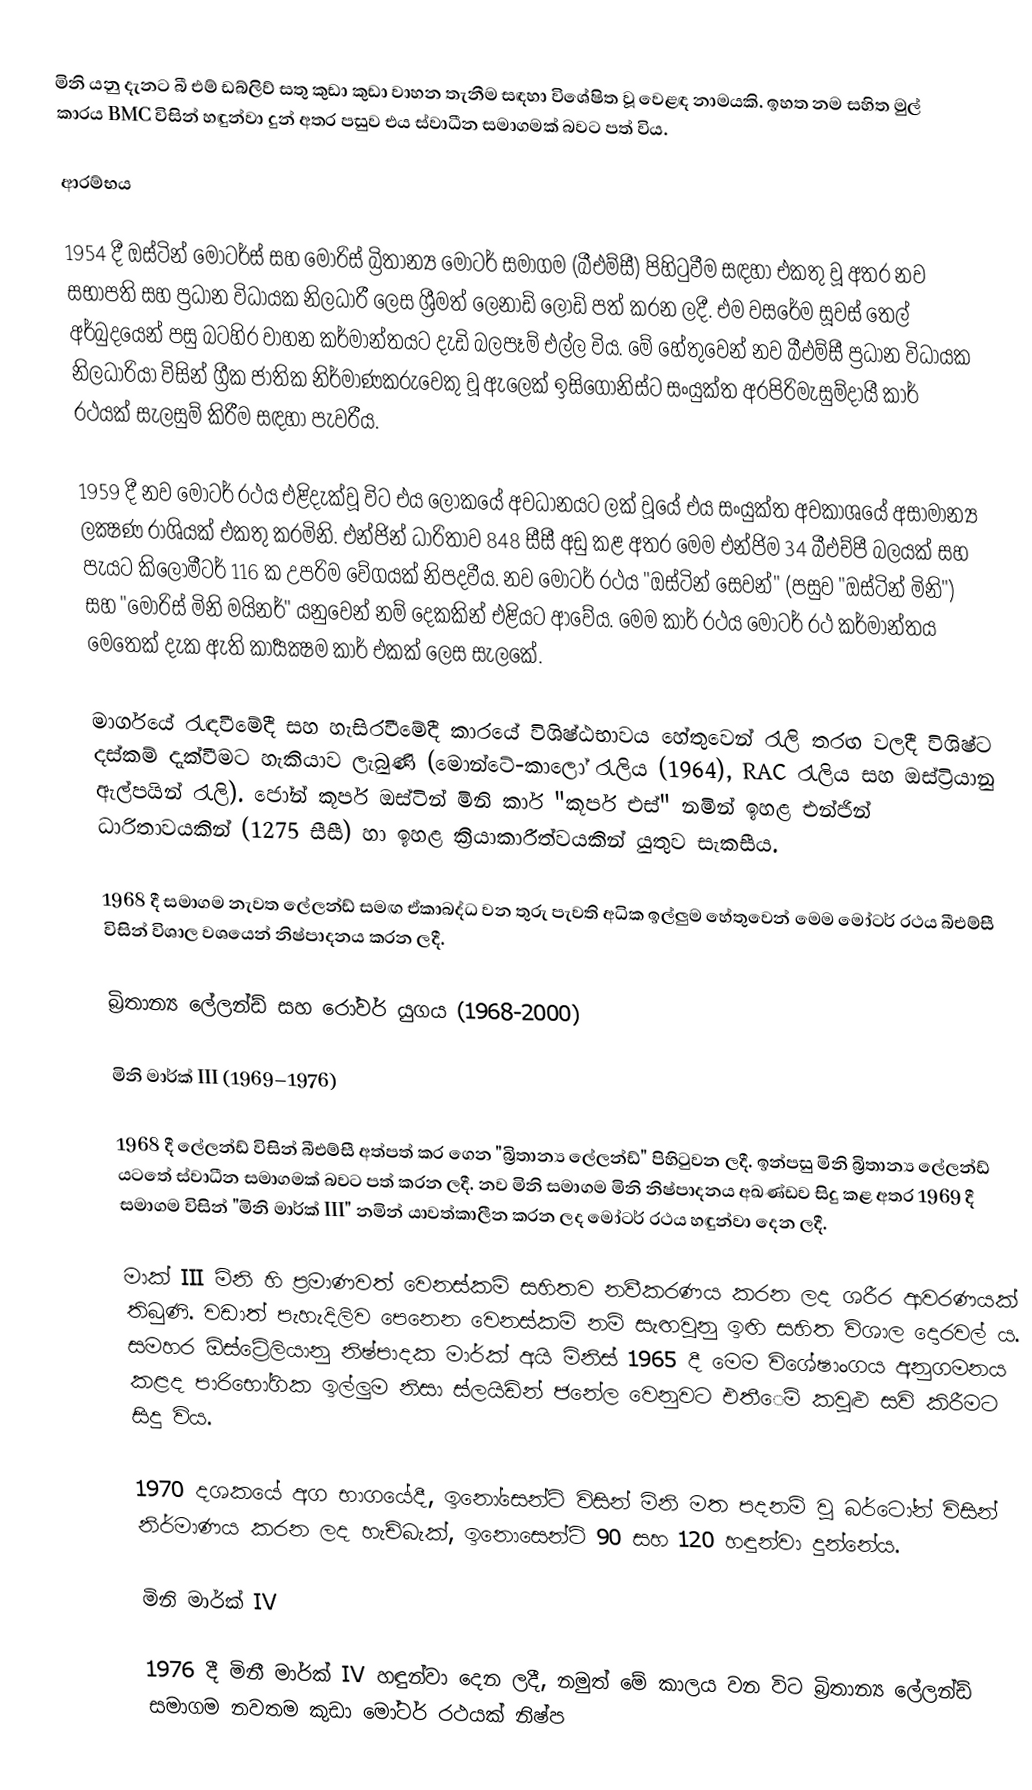
මිනි යනු දැනට බී එම් ඩබ්ලිව් සතු කුඩා කුඩා වාහන තැනීම සඳහා විශේෂිත වූ වෙළඳ නාමයකි. ඉහත නම සහිත මුල් කාරය BMC විසින් හඳුන්වා දුන් අතර පසුව එය ස්වාධීන සමාගමක් බවට පත් විය.

ආරම්භය

1954 දී ඔස්ටින් මෝටර්ස් සහ මොරිස් බ්‍රිතාන්‍ය මෝටර් සමාගම (බීඑම්සී) පිහිටුවීම සඳහා එකතු වූ අතර නව සභාපති සහ ප්‍රධාන විධායක නිලධාරී ලෙස ශ්‍රීමත් ලෙනාඩ් ලෝඩ් පත් කරන ලදී. එම වසරේම සූවස් තෙල් අර්බුදයෙන් පසු බටහිර වාහන කර්මාන්තයට දැඩි බලපෑම් එල්ල විය. මේ හේතුවෙන් නව බීඑම්සී ප්‍රධාන විධායක නිලධාරියා විසින් ග්‍රීක ජාතික නිර්මාණකරුවෙකු වූ ඇලෙක් ඉසිගොනිස්ට සංයුක්ත අරපිරිමැසුම්දායී කාර් රථයක් සැලසුම් කිරීම සඳහා පැවරීය.

1959 දී නව මෝටර් රථය එළිදැක්වූ විට එය ලෝකයේ අවධානයට ලක් වූයේ එය සංයුක්ත අවකාශයේ අසාමාන්‍ය ලක්‍ෂණ රාශියක් එකතු කරමිනි. එන්ජින් ධාරිතාව 848 සීසී අඩු කළ අතර මෙම එන්ජිම 34 බීඑච්පී බලයක් සහ පැයට කිලෝමීටර් 116 ක උපරිම වේගයක් නිපදවීය. නව මෝටර් රථය "ඔස්ටින් සෙවන්" (පසුව "ඔස්ටින් මිනි") සහ "මොරිස් මිනි මයිනර්" යනුවෙන් නම් දෙකකින් එළියට ආවේය. මෙම කාර් රථය මෝටර් රථ කර්මාන්තය මෙතෙක් දැක ඇති කාර්‍යක්‍ෂම කාර් එකක් ලෙස සැලකේ.

මාර්ගයේ රැඳවීමේදී සහ හැසිරවීමේදී කාරයේ විශිෂ්ඨභාවය හේතුවෙන් රැලි තරඟ වලදී විශිෂ්ට දස්කම් දැක්වීමට හැකියාව ලැබුණි (මොන්ටේ-කාලෝ රැලිය (1964), RAC රැලිය සහ ඔස්ට්‍රියානු ඇල්පයින් රැලි). ජෝන් කූපර් ඔස්ටින් මිනි කාර් "කූපර් එස්" නමින් ඉහළ එන්ජින් ධාරිතාවයකින් (1275 සීසී) හා ඉහළ ක්‍රියාකාරීත්වයකින් යුතුව සැකසීය.

1968 දී සමාගම නැවත ලේලන්ඩ් සමඟ ඒකාබද්ධ වන තුරු පැවති අධික ඉල්ලුම හේතුවෙන් මෙම මෝටර් රථය බීඑම්සී විසින් විශාල වශයෙන් නිෂ්පාදනය කරන ලදී.

බ්‍රිතාන්‍ය ලේලන්ඩ් සහ රෝවර් යුගය (1968-2000)

මිනි මාර්ක් III (1969–1976)

1968 දී ලේලන්ඩ් විසින් බීඑම්සී අත්පත් කර ගෙන "බ්‍රිතාන්‍ය ලේලන්ඩ්" පිහිටුවන ලදී. ඉන්පසු මිනි බ්‍රිතාන්‍ය ලේලන්ඩ් යටතේ ස්වාධීන සමාගමක් බවට පත් කරන ලදී. නව මිනි සමාගම මිනි නිෂ්පාදනය අඛණ්ඩව සිදු කළ අතර 1969 දී සමාගම විසින් "මිනි මාර්ක් III" නමින් යාවත්කාලීන කරන ලද මෝටර් රථය හඳුන්වා දෙන ලදී.

මාක් III මිනි හි ප්‍රමාණවත් වෙනස්කම් සහිතව නවීකරණය කරන ලද ශරීර ආවරණයක් තිබුණි. වඩාත් පැහැදිලිව පෙනෙන වෙනස්කම් නම් සැඟවුනු ඉඟි සහිත විශාල දොරවල් ය. සමහර ඕස්ට්‍රේලියානු නිෂ්පාදක මාර්ක් අයි මිනිස් 1965 දී මෙම විශේෂාංගය අනුගමනය කළද පාරිභෝගික ඉල්ලුම නිසා ස්ලයිඩින් ජනේල වෙනුවට එතීෙම් කවුළු සවි කිරීමට සිදු විය.

1970 දශකයේ අග භාගයේදී, ඉනෝසෙන්ටි විසින් මිනි මත පදනම් වූ බර්ටෝන් විසින් නිර්මාණය කරන ලද හැච්බැක්, ඉනොසෙන්ටි 90 සහ 120 හඳුන්වා දුන්නේය.

මිනි මාර්ක් IV

1976 දී මිනී මාර්ක් IV හඳුන්වා දෙන ලදී, නමුත් මේ කාලය වන විට බ්‍රිතාන්‍ය ලේලන්ඩ් සමාගම නවතම කුඩා මෝටර් රථයක් නිෂ්ප